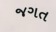
જગત